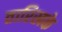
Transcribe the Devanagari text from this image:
तारिखके